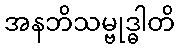
အနဘိသမ္ဗုဒ္ဓါတိ